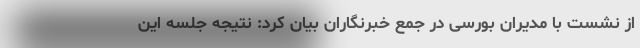
از نشست با مدیران بورسی در جمع خبرنگاران بیان کرد: نتیجه جلسه این